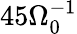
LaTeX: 45\Omega_{0}^{-1}